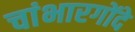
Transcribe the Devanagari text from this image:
चांभारगोंदे